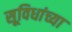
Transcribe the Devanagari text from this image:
सूविधांच्या